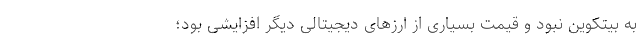
به بیتکوین نبود و قیمت بسیاری از ارزهای دیجیتالی دیگر افزایشی بود؛